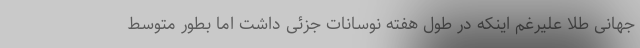
جهانی طلا علیرغم اینکه در طول هفته نوسانات جزئی داشت اما بطور متوسط